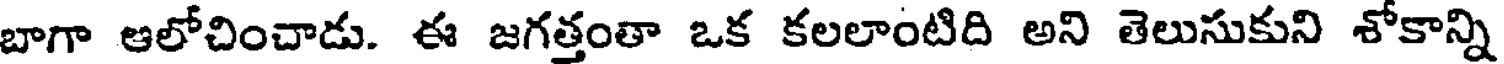
బాగా ఆలోచించాడు. ఈ జగత్తంతా ఒక కలలాంటిది అని తెలుసుకుని శోకాన్ని